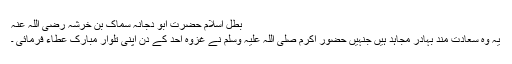
بطل اسلام حضرت ابو دجانہ سماک بن خرشہ رضی اللہ عنہ​
یہ وہ سعادت مند بہادر مجاہد ہیں جنہیں حضور اکرم صلی اللہ علیہ وسلم نے غزوہ احد کے دن اپنی تلوار مبارک عطاء فرمائی ۔